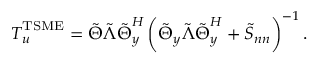
\boldsymbol { T } _ { \boldsymbol { u } } ^ { \mathrm { T S M E } } = \boldsymbol { \tilde { \Theta } } \boldsymbol { \tilde { \Lambda } } \boldsymbol { \tilde { \Theta } } _ { \boldsymbol { y } } ^ { H } \left( \boldsymbol { \tilde { \Theta } _ { y } } \boldsymbol { \tilde { \Lambda } } \boldsymbol { \tilde { \Theta } } _ { \boldsymbol { y } } ^ { H } + \boldsymbol { \tilde { S } _ { n n } } \right) ^ { - 1 } .